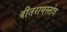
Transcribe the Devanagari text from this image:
वीतरागस्तोत्र